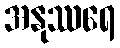
အနုဿရေ